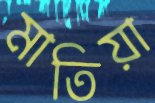
মাতিয়া